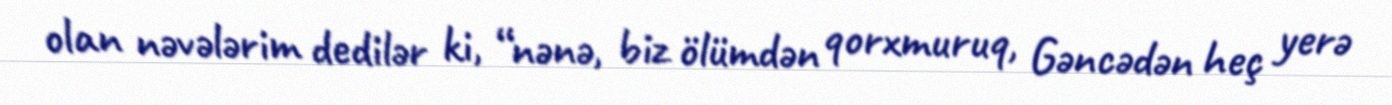
olan nəvələrim dedilər ki, “nənə, biz ölümdən qorxmuruq, Gəncədən heç yerə